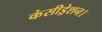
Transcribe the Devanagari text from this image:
कंसीड्रेशन।